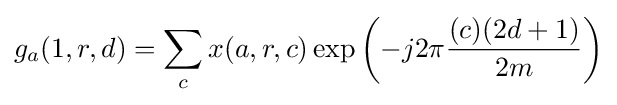
g_{a}(1,r,d)=\sum _{c}x(a,r,c)\exp \left(-j2\pi {\frac {(c)(2d+1)}{2m}}\right)